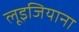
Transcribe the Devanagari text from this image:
लूइजियाना